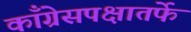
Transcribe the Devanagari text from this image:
काँग्रेसपक्षातर्फे